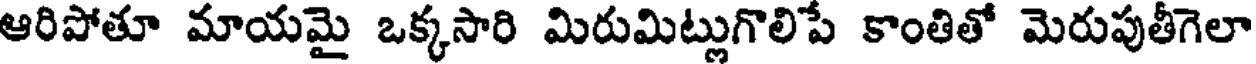
ఆరిపోతూ మాయమై ఒక్కసారి మిరుమిట్లుగొలిపే కాంతితో మెరుపుతీగెలా